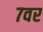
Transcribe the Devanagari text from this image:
७वर